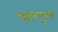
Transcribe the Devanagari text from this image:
चहल्लुम